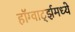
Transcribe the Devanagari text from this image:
हॉग्वार्ट्झमध्ये